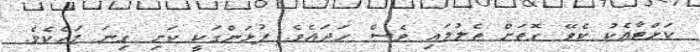
ކަށްޓާއެކު ކެވޭ ގޮތަށް ތެލުލައި ވެސް ހަދައެވެ. ފުޅަންގަކީ ކަށި ގިނަ މަހެކެވެ.